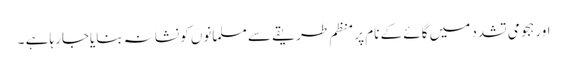
اور ہجومی تشدد میں گائے کے نام پر منظم طریقے سے مسلمانوں کو نشانہ بنایاجارہا ہے ۔